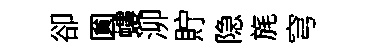
卻圎螻泖貯隐旄穹